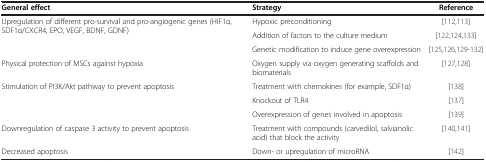
<table><thead><tr><td><b>General effect</b></td><td><b>Strategy</b></td><td><b>Reference</b></td></tr></thead><tbody><tr><td rowspan="3">Upregulation of different pro-survival and pro-angiogenic genes (HIF1α, SDF1α/CXCR4, EPO, VEGF, BDNF, GDNF)</td><td>Hypoxic preconditioning</td><td>[112,113]</td></tr><tr><td>Addition of factors to the culture medium</td><td>[122,124,133]</td></tr><tr><td>Genetic modification to induce gene overexpression</td><td>[125,126,129-132]</td></tr><tr><td>Physical protection of MSCs against hypoxia</td><td>Oxygen supply via oxygen generating scaffolds and biomaterials</td><td>[127,128]</td></tr><tr><td rowspan="3">Stimulation of PI3K/Akt pathway to prevent apoptosis</td><td>Treatment with chemokines (for example, SDF1α)</td><td>[138]</td></tr><tr><td>Knockout of TLR4</td><td>[137]</td></tr><tr><td>Overexpression of genes involved in apoptosis</td><td>[139]</td></tr><tr><td>Downregulation of caspase 3 activity to prevent apoptosis</td><td>Treatment with compounds (carvedilol, salvianolic acid) that block the activity</td><td>[140,141]</td></tr><tr><td>Decreased apoptosis</td><td>Down- or upregulation of microRNA</td><td>[142]</td></tr></tbody></table>